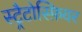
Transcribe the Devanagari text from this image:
स्ट्रैटोस्फ़ियर